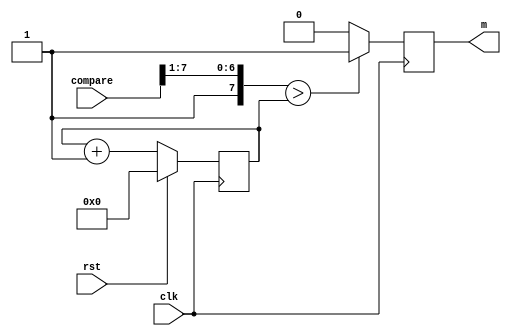
module pwm (
    input clk,
    input rst,
    input [7:0] compare,
    output m
  );
   
  reg pwm_d, pwm_q;
  reg [7:0] ctr_d;
  reg [7:0] ctr_q ;
  reg [7:0] process = 8'b0;
   
  assign m = pwm_q;
  
  always @(*) begin
    ctr_d = ctr_q + 1'b1; 
	 process[6:0]  = compare[7:1];
	 process[7]=1'b1;
    if (process > ctr_q)
      pwm_d = 1'b1;
    else
      pwm_d = 1'b0;
  end
   
  always @(posedge clk) begin
    if (rst) begin
      ctr_q <= 1'b0;
    end else begin
      ctr_q <= ctr_d;
    end
     
    pwm_q <= pwm_d;
  end
   
endmodule